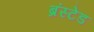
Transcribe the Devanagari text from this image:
ब्रंस्टेड